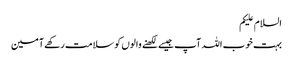
السلام علیکم
بہت خوب اللہ آپ جیسے لکھنے والوں کو سلامت رکھے آمین